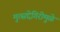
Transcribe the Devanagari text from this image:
मुत्सद्देगिरीमुळे